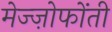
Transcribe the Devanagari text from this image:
मेज्ज़ोफोंती